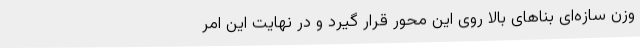
وزن سازه‌ای بناهای بالا روی این محور قرار گیرد و در نهایت این امر